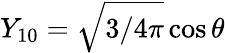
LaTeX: Y_{10}=\sqrt{3/4\pi}\cos{\theta}